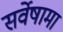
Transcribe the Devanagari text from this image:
सर्वेषामा